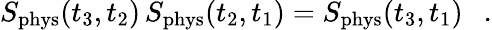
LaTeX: S_{\mathrm{phys}}(t_{3},t_{2})\, S_{\mathrm{phys}}(t_{2},t_{1})=S_{\mathrm{phys}}(t_{3},t_{1})\ \ \ .